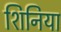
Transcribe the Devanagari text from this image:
शिनिया